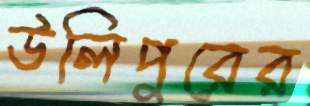
উলিপুরের